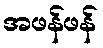
အဖန်ဖန်